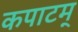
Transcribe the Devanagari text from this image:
कपाटम्